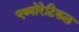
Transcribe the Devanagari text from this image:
एथ्योरेटिकल